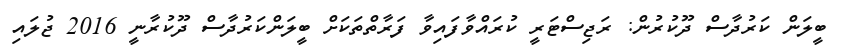
ބީލަން ކަރުދާސް ދޫކުރުން: ރަޖިސްޓަރީ ކުރަައްވާފައިވާ ފަރާތްތަކަށް ބީލަންކަރުދާސް ދޫކުރާނީ 2016 ޖުލައި